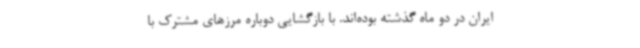
ایران در دو ماه گذشته بوده‌اند. با بازگشایی دوباره مرزهای مشترک با